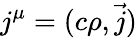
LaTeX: j^{\mu}=(c\rho,{\vec{j}})